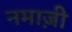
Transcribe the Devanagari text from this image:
नमाज़ी